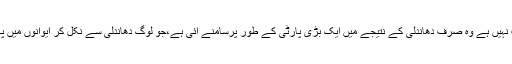
تحریک انصاف کے پاس اکثریت نہیں ہے وہ صرف دھاندلی کے نتیجے میں ایک بڑی پارٹی کے طور پرسامنے آئی ہے،جو لوگ دھاندلی سے نکل کر ایوانوں میں پہنچے ہیں حکومت ان کا حق ہے۔